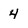
Character: 4